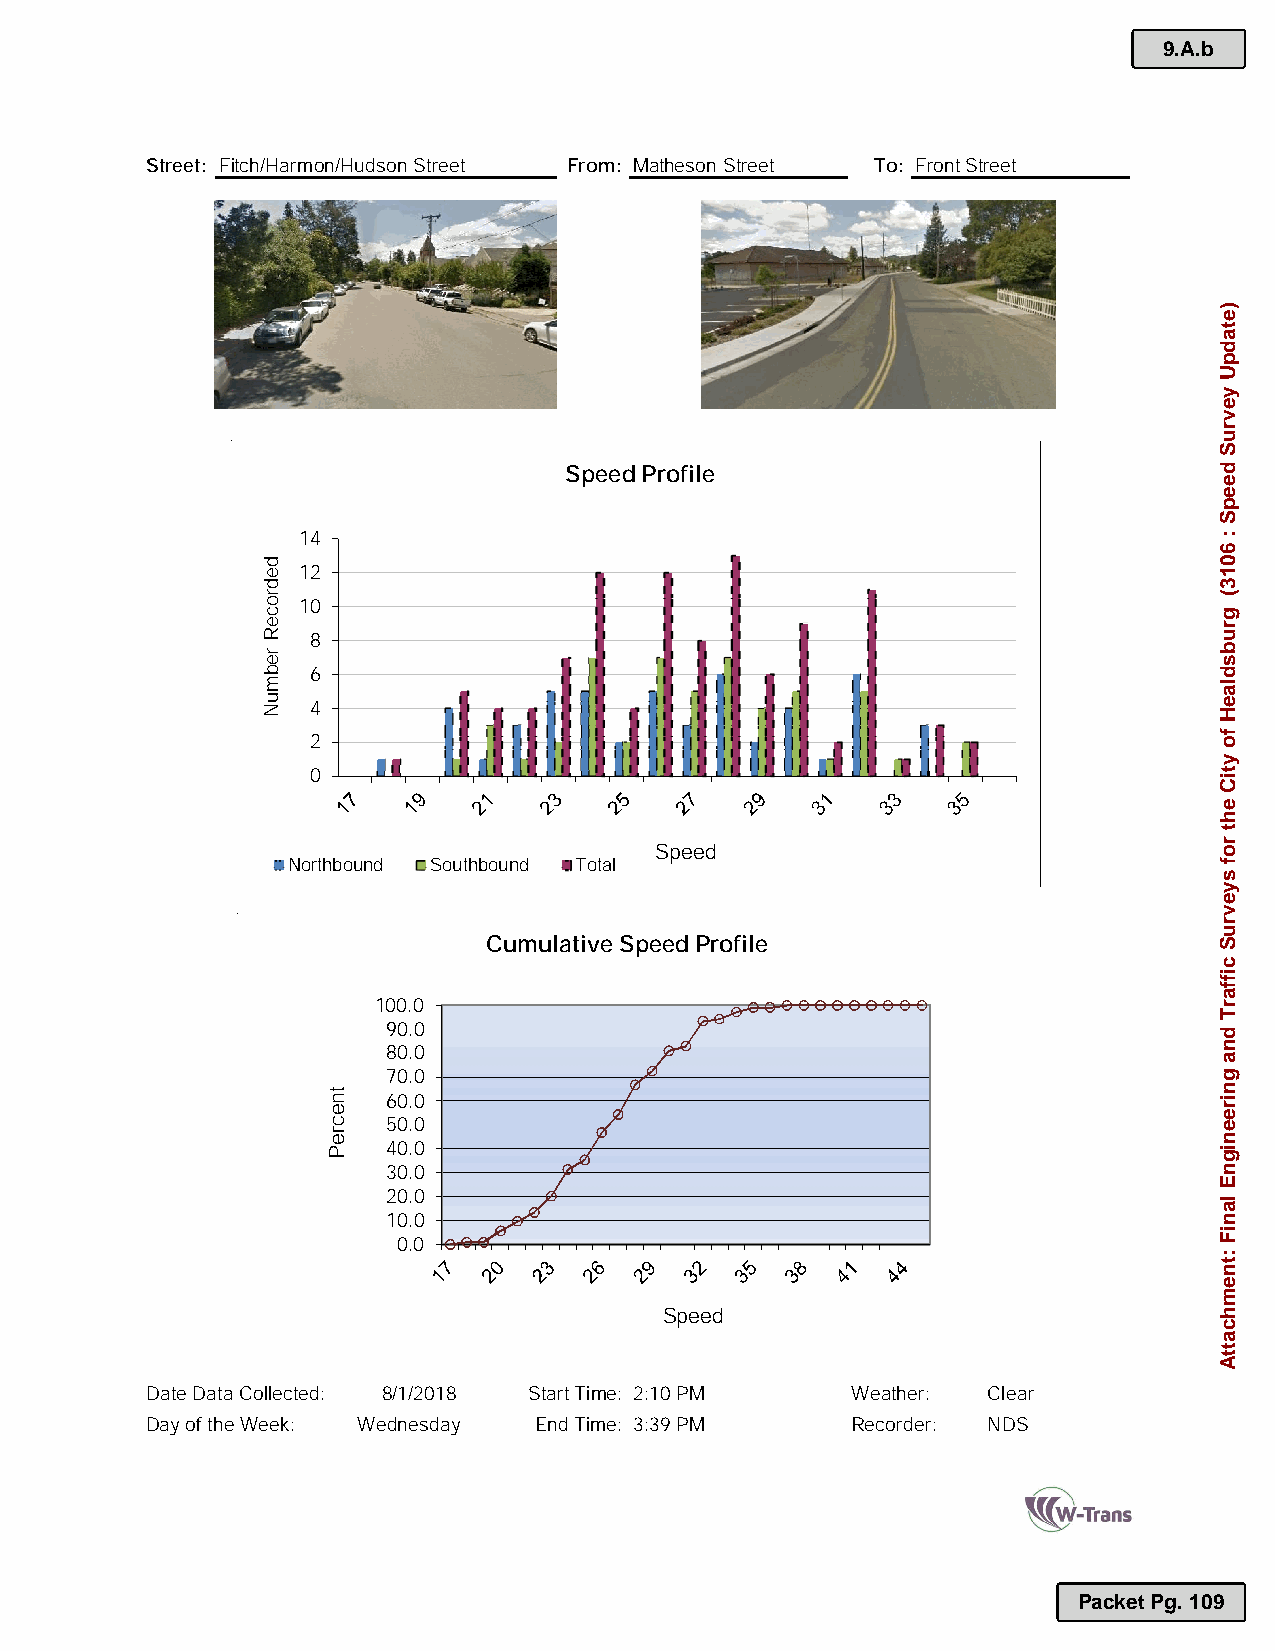
9.A.b
 Street: Fitch/Harmon/Hudson Street From: Matheson Street To: Front Street
 PHOTO                            PHOTO
 Speed Profile
 14
 12
 10
 8
 6
 4
 2
 0
 Speed
 Northbound Southbound Total
 Cumulative Speed Profile
 100.0
 90.0
 80.0
 70.0
 60.0
 50.0
 40.0
 30.0
 20.0
 10.0
 0.0
 Speed
 Date Data Collected: 8/1/2018 Start Time: 2:10 PM Weather: Clear
 Day of the Week: Wednesday End Time: 3:39 PM  Recorder: NDS
 Packet Pg. 109
 dedroceR
 rebmuN
 tnecreP
 )etadpU
 yevruS
 deepS
 :
 6013(
 grubsdlaeH
 fo
 ytiC
 eht
 rof
 syevruS
 ciffarT
 dna
 gnireenignE
 laniF
 :tnemhcattA